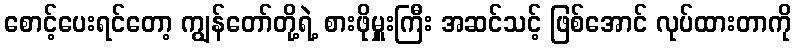
စောင့်ပေးရင်တော့ ကျွန်တော်တို့ရဲ့ စားဖိုမှူးကြီး အဆင်သင့် ဖြစ်အောင် လုပ်ထားတာကို